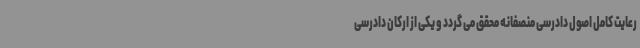
رعایت کامل اصول دادرسی منصفانه محقق می گردد و یکی از ارکان دادرسی